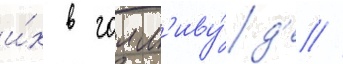
и́х в голл'иву́д'е //